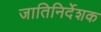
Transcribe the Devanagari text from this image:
जातिनिर्देशक